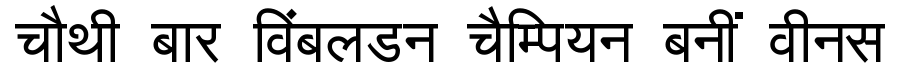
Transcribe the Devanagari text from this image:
चौथी बार विंबलडन चैम्पियन बनीं वीनस